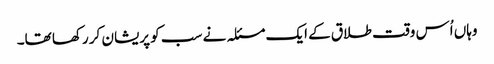
وہاں اُس وقت طلاق کے ایک مسئلہ نے سب کو پریشان کر رکھا تھا۔